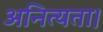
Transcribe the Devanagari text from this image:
अनित्यता।